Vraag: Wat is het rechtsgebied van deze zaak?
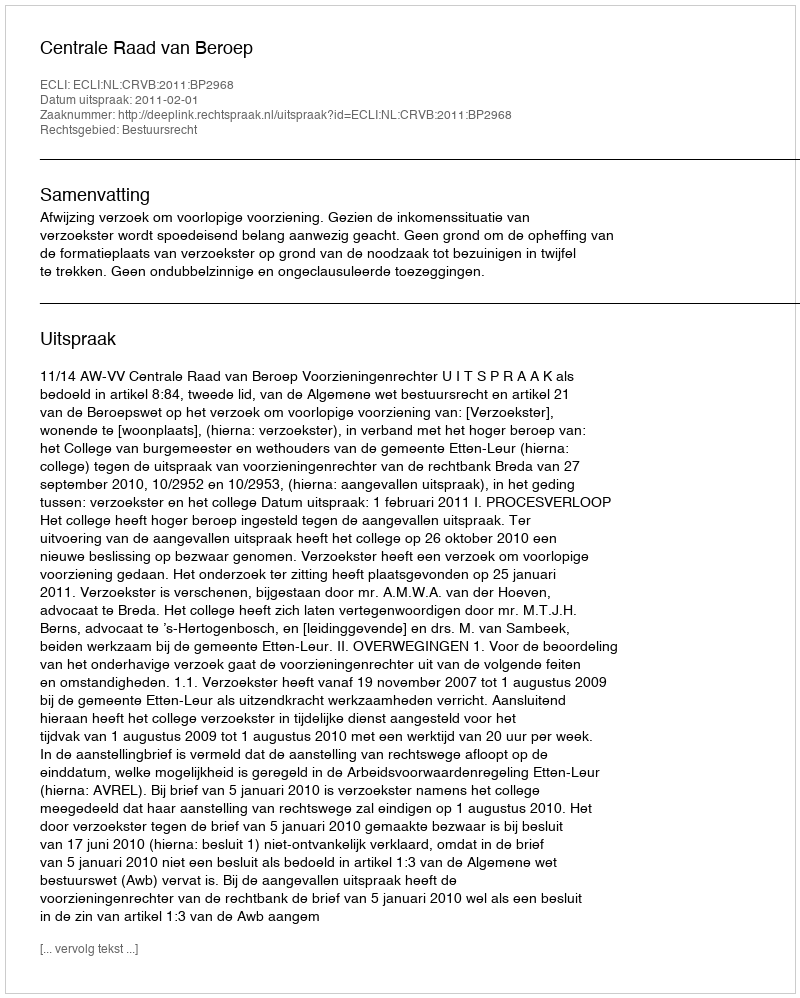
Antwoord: Bestuursrecht